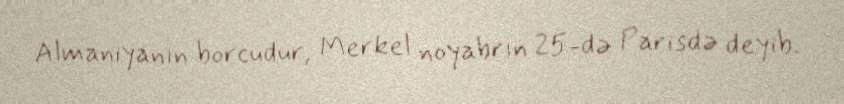
Almaniyanın borcudur, Merkel noyabrın 25-də Parisdə deyib.